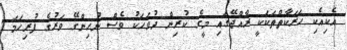
އެކިއެކި ހަރަކާތްތަކަކީ ރާއްޖޭގައި މީގެ ކުރިން ދުވަހަކު ވެސް ނުހިންގޭ ވަރުގެ ފުރިހަމަ